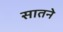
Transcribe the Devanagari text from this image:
सातने